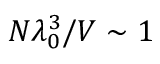
N \lambda _ { 0 } ^ { 3 } / V \sim 1